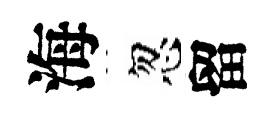
海忽留